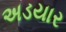
અડયાર